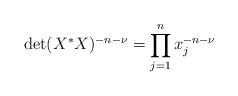
LaTeX: \begin{align*}\det(X^*X)^{-n - \nu} = \prod_{j=1}^n x_j^{-n-\nu} \end{align*}